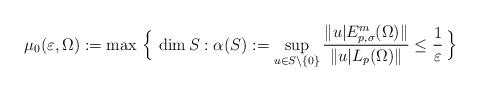
LaTeX: \begin{align*}\mu_0(\varepsilon, \Omega):= \max\, \Big\{\,\dim S:\alpha(S):= \sup_{u\in S\setminus\{ 0\}}\dfrac{\Vert u| E^m_{p,\sigma}(\Omega)\Vert}{\Vert u| L_p(\Omega)\Vert}\leq \frac{1}{\varepsilon}\,\Big\} \end{align*}